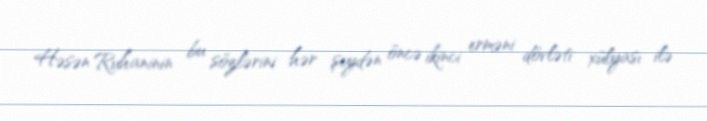
Həsən Ruhaninin bu sözlərini hər şeydən öncə ikinci erməni dövləti xülyası ilə